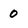
Character: 0